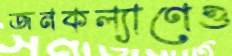
জনকল্যাণেও